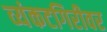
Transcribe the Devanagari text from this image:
व्यंकटगिरीवर